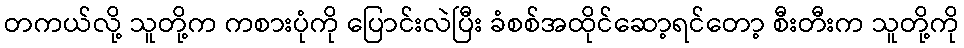
တကယ်လို့ သူတို့က ကစားပုံကို ပြောင်းလဲပြီး ခံစစ်အထိုင်ဆော့ရင်တော့ စီးတီးက သူတို့ကို